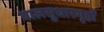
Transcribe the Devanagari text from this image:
बालसुधारगृहों